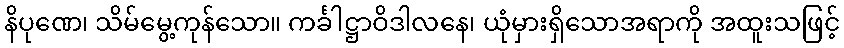
နိပုဏေ၊ သိမ်မွေ့ကုန်သော။ ကင်္ခါဋ္ဌာဝိဒါလနေ၊ ယုံမှားရှိသောအရာကို အထူးသဖြင့်